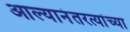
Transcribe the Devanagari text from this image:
आल्यानंतरत्यांच्या